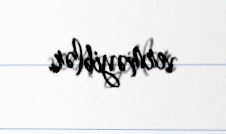
verməyiblər.